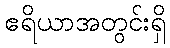
ဧရိယာအတွင်းရှိ